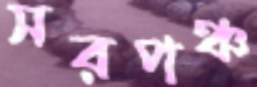
সরপঞ্চ